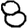
Digit: 8